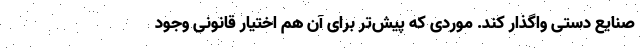
صنایع دستی واگذار کند. موردی که پیش‌تر برای آن هم اختیار قانونی وجود